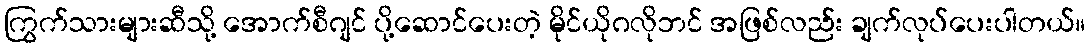
ကြွက်သားများဆီသို့ အောက်စီဂျင် ပို့ဆောင်ပေးတဲ့ မိုင်ယိုဂလိုဘင် အဖြစ်လည်း ချက်လုပ်ပေးပါတယ်။